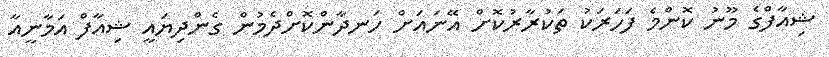
ޝިއާފްގެ މޫނު ކޮންމެ ފަހަރަކު ތަކުރާރުކޮށް އޭނައަށް ހަނދާންކޮށްދެމުން ގެންދިޔައީ ޝިއާފް އަމާނީއާ